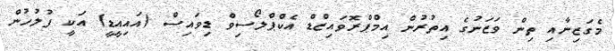
މެގަޒިނާއި ތިން ވަޒަނުގެ އިތުރުން އިމްޕްރޮވައިޒްޑް އެކްޕްލޯސިވް ޑިވައިސް (އައިއީޑީ) އަކީ ފުލުހުން